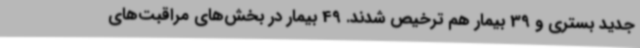
جدید بستری و 39 بیمار هم ترخیص شدند. 49 بیمار در بخش‌های مراقبت‌های